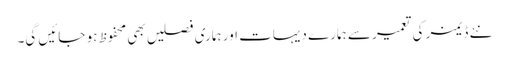
نئے ڈیمز کی تعمیر سے ہمارے دیہات اور ہماری فصلیں بھی محفوظ ہو جائیں گی۔